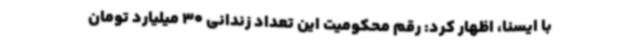
با ایسنا، اظهار کرد: رقم محکومیت این تعداد زندانی 30 میلیارد تومان